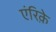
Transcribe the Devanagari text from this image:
एंरिक़े